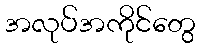
အလုပ်အကိုင်တွေ